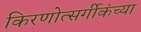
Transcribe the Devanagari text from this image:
किरणोत्सर्गीकंच्या